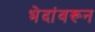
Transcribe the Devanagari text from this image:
भेदांवरून